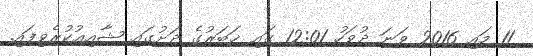
11 މައި 2016 ވަނަ ދުވަހު 12:01 ގައި ޚަބަރުގެ ދަށުގައި ޝާއިޢުކުރެވިފައި.